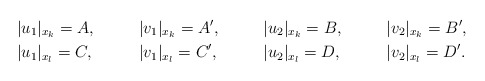
\begin{align*} &|u_1|_{x_k} = A ,& &|v_1|_{x_k} = A' ,& &|u_2|_{x_k} = B ,& &|v_2|_{x_k} = B', \\ &|u_1|_{x_l} = C ,& &|v_1|_{x_l} = C' ,& &|u_2|_{x_l} = D ,& &|v_2|_{x_l} = D'.\end{align*}